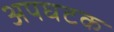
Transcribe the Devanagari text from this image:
अपघटक